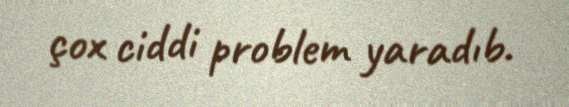
çox ciddi problem yaradıb.